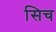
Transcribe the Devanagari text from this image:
सिच